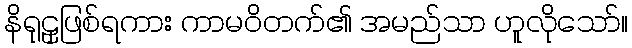
နိရုဠှဖြစ်ရကား ကာမဝိတက်၏ အမည်သာ ဟူလိုသော်။